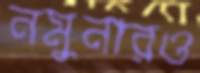
নমুনারও